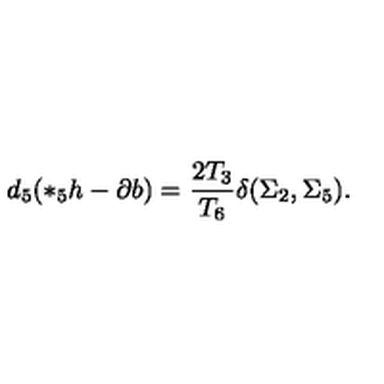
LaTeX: d _ { 5 } ( * _ { 5 } h - \partial b ) = { \frac { 2 T _ { 3 } } { T _ { 6 } } } \delta ( \Sigma _ { 2 } , \Sigma _ { 5 } ) .